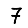
Digit: 7